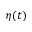
\eta ( t )